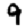
Digit: 9